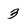
Character: 3